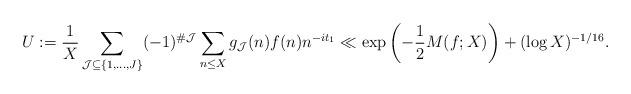
LaTeX: \begin{align*}U := \frac{1}{X} \sum_{\mathcal{J} \subseteq \{1, \dotsc, J\}} (-1)^{\# \mathcal{J}} \sum_{n \leq X} g_{\mathcal{J}}(n) f(n) n^{-it_1} \ll \exp\left(-\frac{1}{2} M(f; X)\right) + (\log X)^{-1/16}.\end{align*}